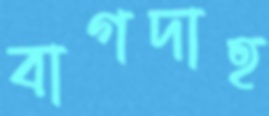
বাগদাহ